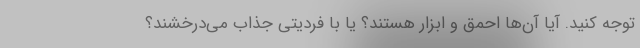
توجه کنید. آیا آن‌ها احمق و ابزار هستند؟ یا با فردیتی جذاب می‌درخشند؟